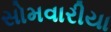
સોમવારીયા